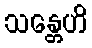
သန္တေဟိ